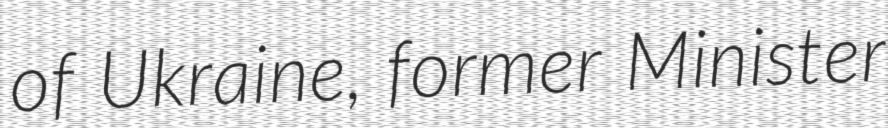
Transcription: of Ukraine, former Minister